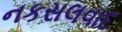
નકસલવાદ